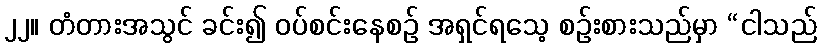
၂၂။ တံတားအသွင် ခင်း၍ ဝပ်စင်းနေစဉ် အရှင်ရသေ့ စဉ်းစားသည်မှာ “ငါသည်